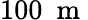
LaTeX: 100~\mathrm{~m~}